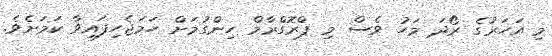
މި އަހަރުގެ ރޯދަ މަހު ވެސް މި ޕްރޮގްރާމް ހިންގުމަށް ހަމަޖެހިފައިވާ ކަމަށެވެ.